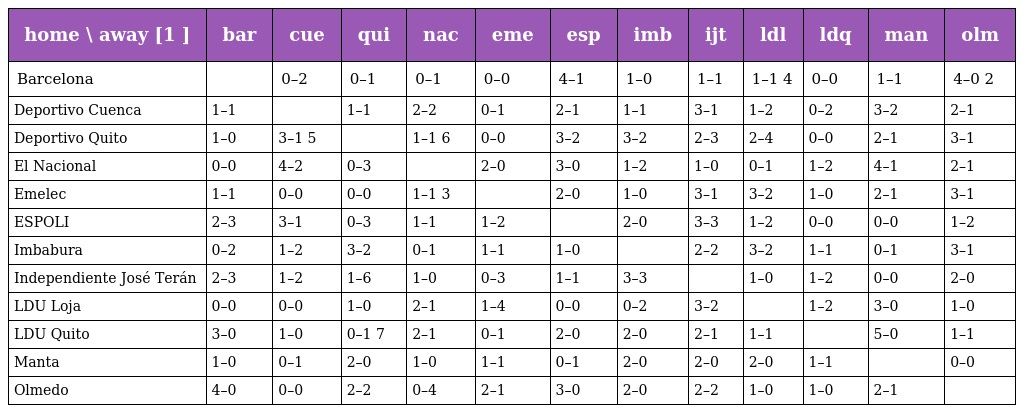
| home \ away [1 ] | bar | cue | qui | nac | eme | esp | imb | ijt | ldl | ldq | man | olm |
 | --- | --- | --- | --- | --- | --- | --- | --- | --- | --- | --- | --- | --- |
 | Barcelona |  | 0–2 | 0–1 | 0–1 | 0–0 | 4–1 | 1–0 | 1–1 | 1–1 4 | 0–0 | 1–1 | 4–0 2 |
 | Deportivo Cuenca | 1–1 |  | 1–1 | 2–2 | 0–1 | 2–1 | 1–1 | 3–1 | 1–2 | 0–2 | 3–2 | 2–1 |
 | Deportivo Quito | 1–0 | 3–1 5 |  | 1–1 6 | 0–0 | 3–2 | 3–2 | 2–3 | 2–4 | 0–0 | 2–1 | 3–1 |
 | El Nacional | 0–0 | 4–2 | 0–3 |  | 2–0 | 3–0 | 1–2 | 1–0 | 0–1 | 1–2 | 4–1 | 2–1 |
 | Emelec | 1–1 | 0–0 | 0–0 | 1–1 3 |  | 2–0 | 1–0 | 3–1 | 3–2 | 1–0 | 2–1 | 3–1 |
 | ESPOLI | 2–3 | 3–1 | 0–3 | 1–1 | 1–2 |  | 2–0 | 3–3 | 1–2 | 0–0 | 0–0 | 1–2 |
 | Imbabura | 0–2 | 1–2 | 3–2 | 0–1 | 1–1 | 1–0 |  | 2–2 | 3–2 | 1–1 | 0–1 | 3–1 |
 | Independiente José Terán | 2–3 | 1–2 | 1–6 | 1–0 | 0–3 | 1–1 | 3–3 |  | 1–0 | 1–2 | 0–0 | 2–0 |
 | LDU Loja | 0–0 | 0–0 | 1–0 | 2–1 | 1–4 | 0–0 | 0–2 | 3–2 |  | 1–2 | 3–0 | 1–0 |
 | LDU Quito | 3–0 | 1–0 | 0–1 7 | 2–1 | 0–1 | 2–0 | 2–0 | 2–1 | 1–1 |  | 5–0 | 1–1 |
 | Manta | 1–0 | 0–1 | 2–0 | 1–0 | 1–1 | 0–1 | 2–0 | 2–0 | 2–0 | 1–1 |  | 0–0 |
 | Olmedo | 4–0 | 0–0 | 2–2 | 0–4 | 2–1 | 3–0 | 2–0 | 2–2 | 1–0 | 1–0 | 2–1 |  |